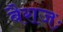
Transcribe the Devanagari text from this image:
बैराजः